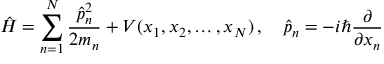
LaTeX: { \hat { H } } = \sum _ { n = 1 } ^ { N } { \frac { { \hat { p } } _ { n } ^ { 2 } } { 2 m _ { n } } } + V ( x _ { 1 } , x _ { 2 } , \ldots , x _ { N } ) \, , \quad { \hat { p } } _ { n } = - i \hbar { \frac { \partial } { \partial x _ { n } } }